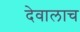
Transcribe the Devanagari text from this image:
देवालाच